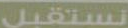
تستقبل